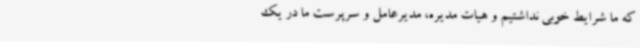
که ما شرایط خوبی نداشتیم و هیات مدیره،‌ مدیرعامل و سرپرست ما در یک